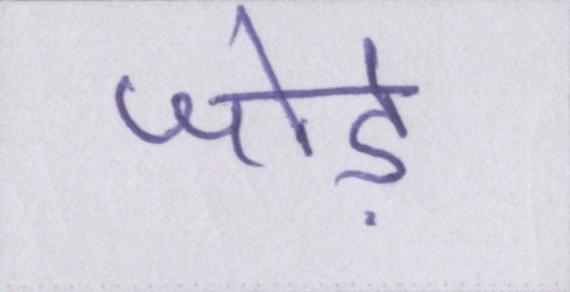
जोड़े